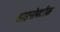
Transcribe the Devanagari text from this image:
साइनोपटीक